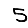
Digit: 5